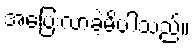
အပြေးလာခဲ့မိပါသည်။